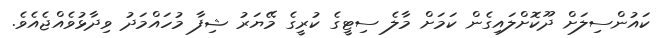
ކައުންސިލަށް ދޫކޮށްލައިގެން ކަމަށް މާލެ ސިޓީގެ ކުރީގެ މޭޔަރު ޝިފާ މުހައްމަދު ވިދާޅުވެއްޖެއެވެ.